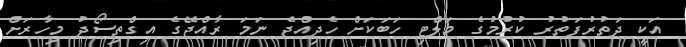
އަކީ ދަތުރުފަތުރު ކުރުމުގެ މަލްޓި ހަބަކަށް ހެދިއްޖެ ނަމަ ރާއްޖޭގެ އިގްތިސޯދު މިހާރަށް